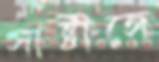
সাষ্টাঙ্গে